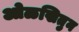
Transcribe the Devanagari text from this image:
ओळखितुन